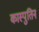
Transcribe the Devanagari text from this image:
कास्पुतिन